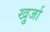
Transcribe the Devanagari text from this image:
खु्र्जा